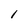
Character: l